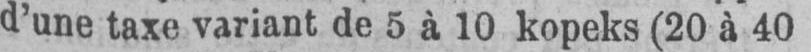
d’une taxe variant de 5 à 10 kopeks (20 à 40